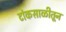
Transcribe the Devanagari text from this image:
टांकसाळीतून